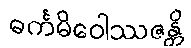
ဓင်္ကမိဝေါဿဇန္တိ